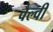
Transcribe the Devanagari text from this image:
वैल्वी